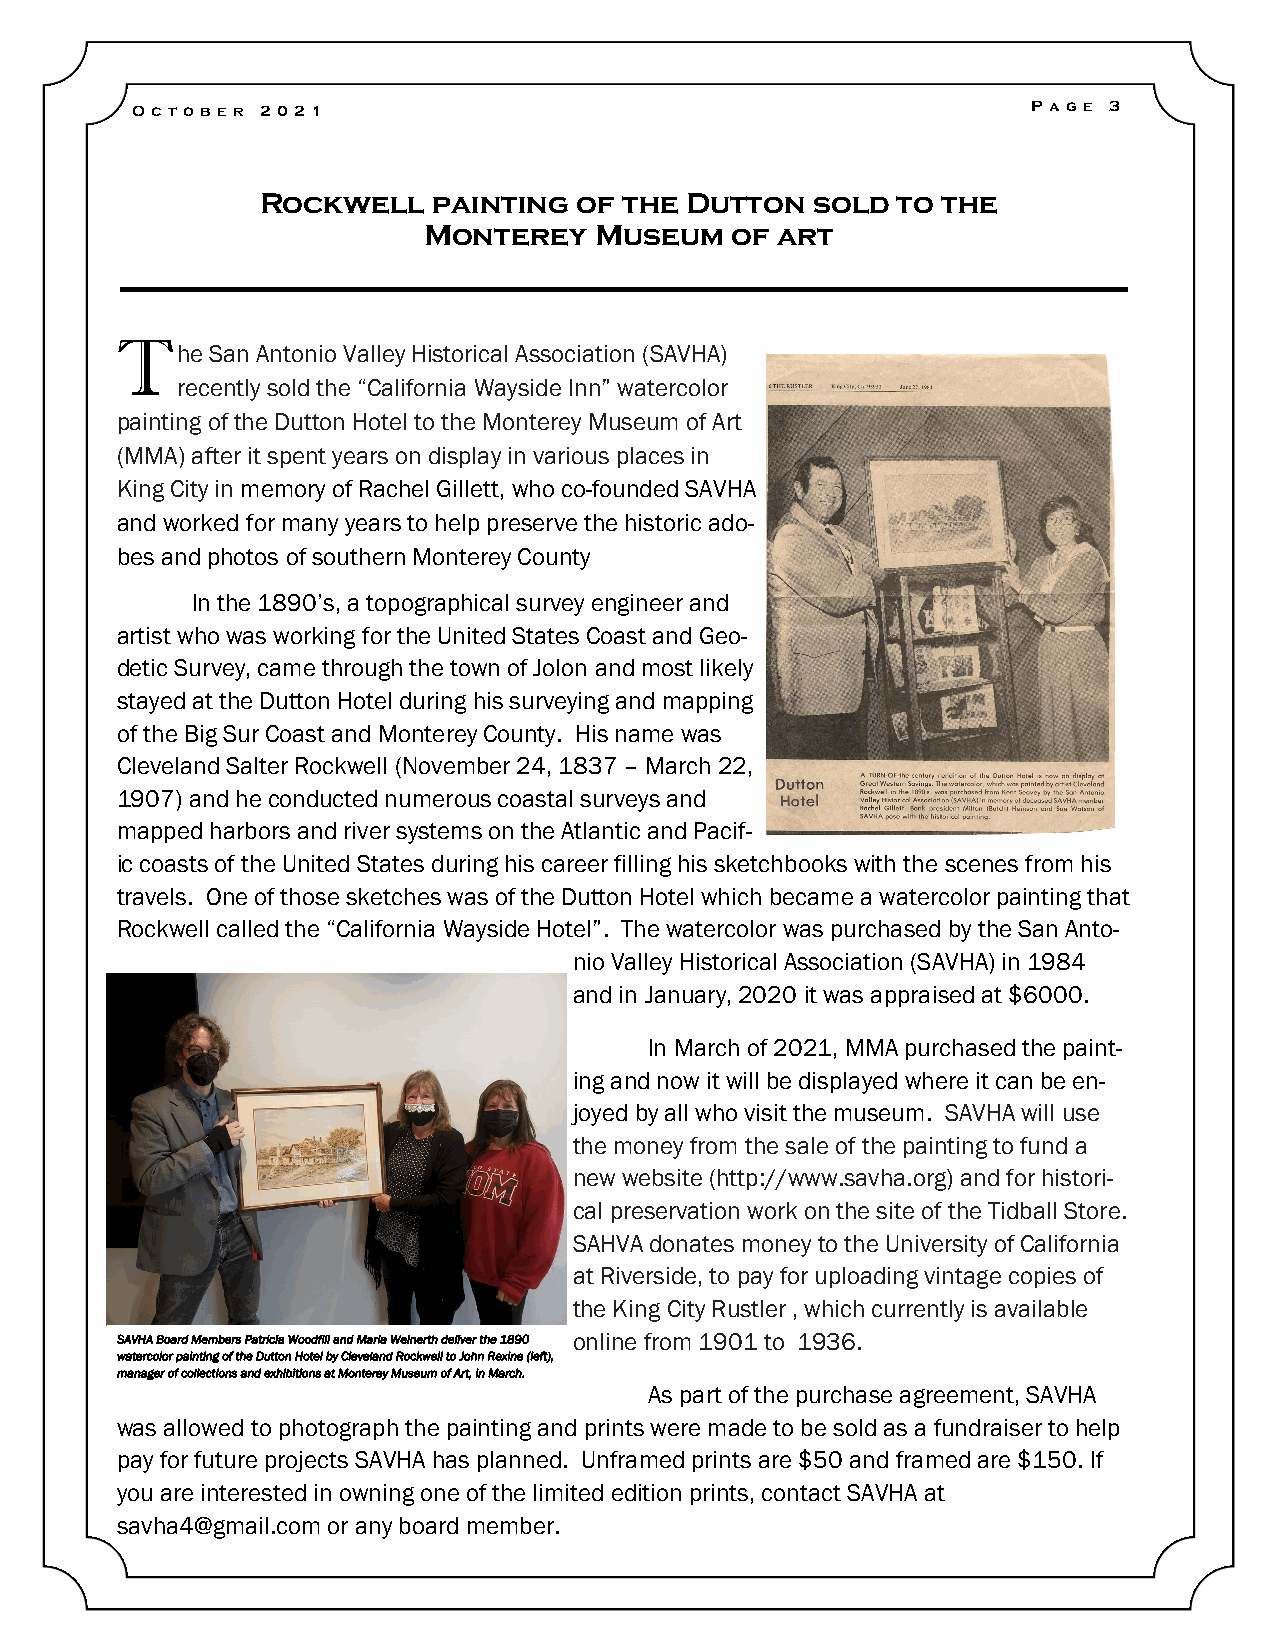
Oc t ober 20 21                                            P ag e 3
 Rockwell    painting of the Dutton   sold to the
 Monterey   Museum   of art
 T
 he San Antonio Valley Historical Association (SAVHA)
 recently sold the “California Wayside Inn” watercolor
 painting of the Dutton Hotel to the Monterey Museum of Art
 (MMA) after it spent years on display in various places in
 King City in memory of Rachel Gillett, who co-founded SAVHA
 and worked for many years to help preserve the historic ado-
 bes and photos of southern Monterey County
 In the 1890’s, a topographical survey engineer and
 artist who was working for the United States Coast and Geo-
 detic Survey, came through the town of Jolon and most likely
 stayed at the Dutton Hotel during his surveying and mapping
 of the Big Sur Coast and Monterey County. His name was
 Cleveland Salter Rockwell (November 24, 1837 – March 22,
 1907) and he conducted numerous coastal surveys and
 mapped harbors and river systems on the Atlantic and Pacif-
 ic coasts of the United States during his career filling his sketchbooks with the scenes from his
 travels. One of those sketches was of the Dutton Hotel which became a watercolor painting that
 Rockwell called the “California Wayside Hotel”. The watercolor was purchased by the San Anto-
 nio Valley Historical Association (SAVHA) in 1984
 and in January, 2020 it was appraised at $6000.
 In March of 2021, MMA purchased the paint-
 ing and now it will be displayed where it can be en-
 joyed by all who visit the museum. SAVHA will use
 the money from the sale of the painting to fund a
 new website (http://www.savha.org) and for histori-
 cal preservation work on the site of the Tidball Store.
 SAHVA donates money to the University of California
 at Riverside, to pay for uploading vintage copies of
 the King City Rustler , which currently is available
 SAVHA Board Members Patricia Woodfill and Maria Weinerth deliver the 1890 online from 1901 to 1936.
 watercolor painting of the Dutton Hotel by Cleveland Rockwell to John Rexine (left),
 manager of collections and exhibitions at Monterey Museum of Art, in March.
 As part of the purchase agreement, SAVHA
 was allowed to photograph the painting and prints were made to be sold as a fundraiser to help
 pay for future projects SAVHA has planned. Unframed prints are $50 and framed are $150. If
 you are interested in owning one of the limited edition prints, contact SAVHA at
 savha4@gmail.com or any board member.